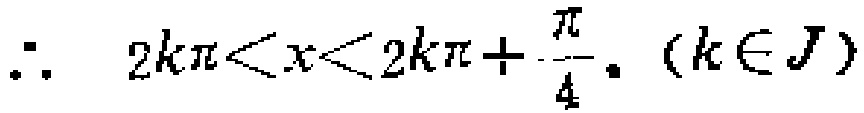
\(\therefore\ 2k\pi<x<2k\pi + \frac{\pi}{4}。(k\in J)\)